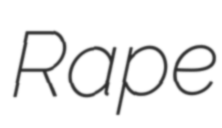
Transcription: Rape